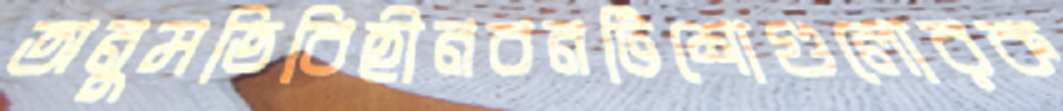
অনুমতিবিহীনবনটিশোগুলোরক